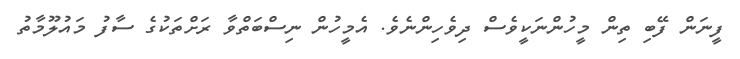
ފީނަން ފޭބި ތިން މީހުންނަކީވެސް ދިވެހިންނެވެ. އެމީހުން ނިސްބަތްވާ ރަށްތަކުގެ ސާފު މައުލޫމާތު